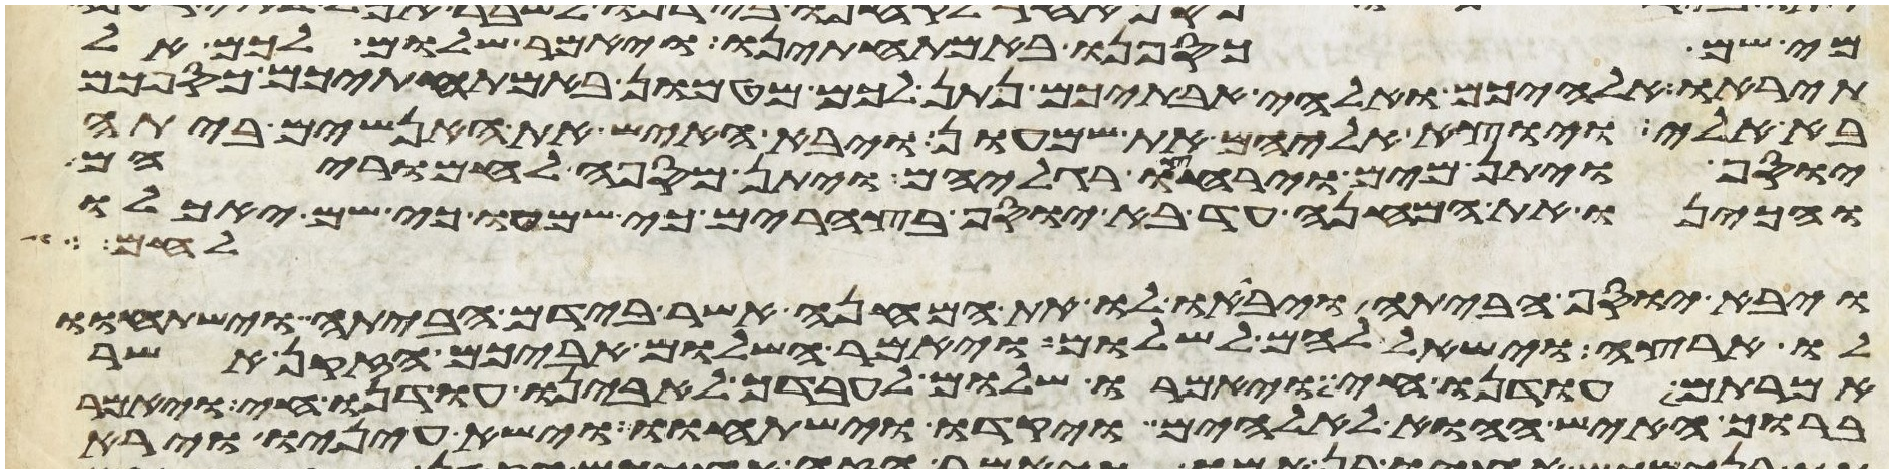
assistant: מי שם כספנו באמתחתינו ויאמר שלום לכם אל
תיראו אלהיכם ואלהי אבתיכם נתן לכם מטמון באמתחתיכם כספכם
בא אלי ויוצא אליהם את שמעון ויבא האיש את האנשים ביתה
יוסף ויתן מים וירחצו רגליהם ויתן מספה לחמריהם
ויכינו את המנחה עד בא יוסף בצהרים כי שמעו כי שם יאכלו
לחם
ויבא יוסף הביתה ויביאו לו את המנחה אשר בידם הביתה וישתחוו
לו ארצה וישאל להם לשלום ויאמר השלום אביכם הזקן אשר
אמרתם עודנו חי ויאמרו שלום לעבדך לאבינו עודנו חי ויאמר
ברוך האיש ההוא לאלהים ויקדו וישתחוו וישא עיניו וירא